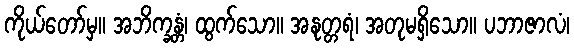
ကိုယ်တော်မှ။ အဘိက္ခန္တံ၊ ထွက်သော။ အနုတ္တရံ၊ အတုမရှိသော။ ပဘာဇာလံ၊